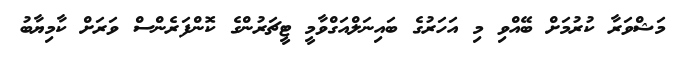
މަޝްވަރާ ކުރުމަށް ބޭއްވި މި އަހަރުގެ ބައިނަލްއަގްވާމީ ޓީޗަރުންގެ ކޮންފަރެންސް ވަރަށް ކާމިޔާބު